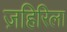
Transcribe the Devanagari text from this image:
ज़हिरिला